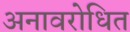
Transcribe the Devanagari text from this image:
अनावरोधित